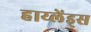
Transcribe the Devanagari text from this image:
हाय्लेंड्स